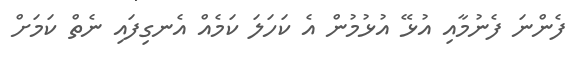
ފެންނަ ފެނުމާއި އުޅޭ އުޅުމުން އެ ކަހަލަ ކަމެއް އެނގިފައި ނެތް ކަމަށް